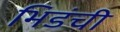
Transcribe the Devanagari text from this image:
भिडंची